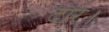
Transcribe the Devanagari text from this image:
दौरे।